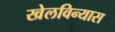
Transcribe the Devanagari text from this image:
खेलविन्यास